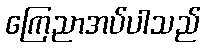
ကြေညာအပ်ပါသည်